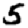
Digit: 5